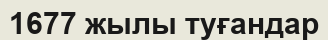
1677 жылы туғандар